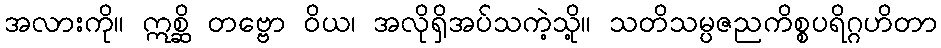
အလားကို။ ဣစ္ဆိ တဗ္ဗော ဝိယ၊ အလိုရှိအပ်သကဲ့သို့။ သတိသမ္ပဇညကိစ္စပရိဂ္ဂဟိတာ